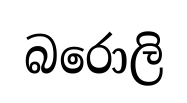
බරොලි